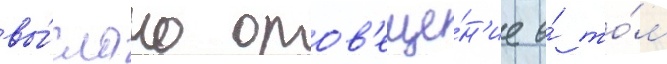
вы́слано опов'еще́н'ие о́ то́м